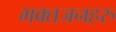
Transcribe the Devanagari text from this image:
भक्तजनहरु